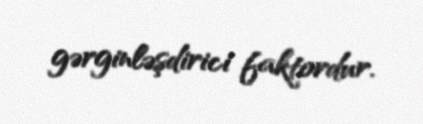
gərginləşdirici faktordur.